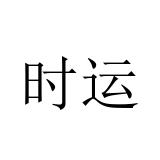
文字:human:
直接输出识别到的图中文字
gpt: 时运